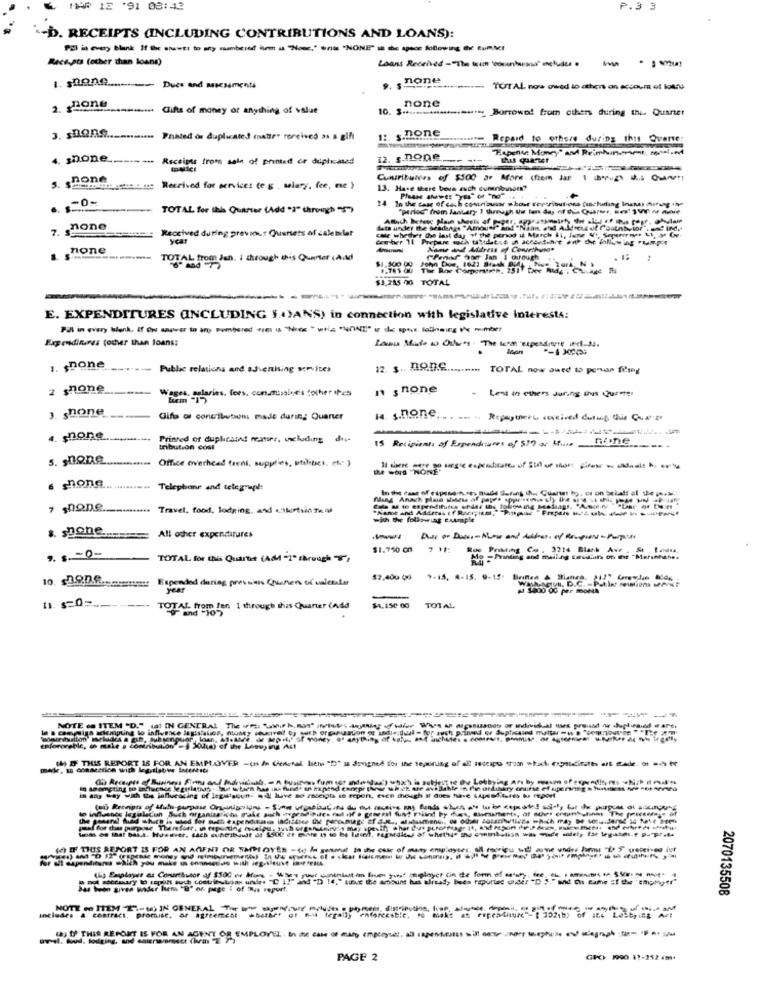
MAR 12 '91 08:43
P.3 3
-b. RECEIPTS (INCLUDING CONTRIBUTIONS AND LOANS):
Receipts (other than loans)
Loans Received -"The term corunharasa" engludes .
-- --
1. spene ...
s. , none
Dues and assessments
TOTAL nos owed to others an account of kotsu
none
2. none
Gifts of money or anything of value
10. 3 .............
Borrowed from others during this Quartet
s.none
....... Printed or duplicated (natte" received as a gift
Repaid to others during this Qvante:
-
"Hapens: Money" and Reimbursement, sonst.ed
4. $pone ------.. Receipts from sale of printed or duplicawd
12. s.none
--
this quarter
Curibulees of $500 ar Mare (frem Jar 1 "-2) ... Qware !!
5. Seebottom stein . use Received for services (e.g , selary, fee, me )
13. Hase there boca auch curenibuson?
24 In the case of cash comtribusor whose certributions (unchurling Inana) during inn
TOTAL for this Quarter (Add "2" through "5")
7. none
case whedyr die last day of the period il March &1, iune Vt, Seperernes &1 3r Cr-
Lats under the seadange "Amount? d"-
Received during previous Quenets of salebiler
ycar
Gether 11 Prepare wch uyuht:s a sceartiart +nt the following Pump't
none
TOTAL from Jan. i through this Quarter (And)
Perior Sur Jan i Grough
$3.285 00 TOTAL
E. EXPENDITURES (INCLUDING "+)ANS) in connection with legislative Interests:
Expenditures (other than loans:
1. $Done .......... Public relations and advertising services
12. $. 9.17 ............ TOTAL now Jued to penor filing
2 shone
n s none
Les in others during ins Quotes
Weses. melaries. fees. con.misales other ipes
3. stone ----- Gifts or contributions made during Quarter
14. s.none
4. $none
Printed or duplicated masser, wwluding di-
15 Recipient: of Expenditures of $17 ar Muse
tribution coal
noone -----
s. sDone
......... Office overhead treni, supplies, utilities. ete )
IM WOTS "NONE"
......... Travel, food, lodging, and onturteln Te
Cela & to expenditures ofdel the following Meflags. "A
with the following extraple
All other expenditures
$1.750 CM
Boy Printing Co . 3224 Blank Avr . &t India.
1. 5. - 0-
TOTAL for this Quartet (AM "1" Brough)
Mo -Printing and mailag tesd'un on the "Mefintthe.
Expended during pressions Crafters of valetaler
12.400 06 9-15, 4-15. 9-15. Brintes A Blanca, 212" Careydie Body ,.
Washington, D.C. - Patint Melstiens Merkt
year
A $800 OG Per mONA
$4,150 00
TOTAL from
od 201through this Quarter (Add
TOTAL
NOTE on ITEM "D." (a) IN GENERAL The If: "awir h, nos" weltsaying die WA Aaaa or divihal es prit owe buplpied
(h) IF THIS REPORT IS FOR AN EMPLOYER -on A Clearral liem "D" a dragned for the reporting of all recipe from what expendicaes ars wade, or och be
edv Lobbying An by ... . fewdin. - Nh --...
af for thas purpose Therefore, is reporting mecelou, viborgen celross may specify cher Cre purosfrage ;t, Rodeo 26, - ...
4) IF THIS REPORT IS FOR AN AGENT OR SARIOYER -6 / senne In the cake of many employees, all rocriou wil some undre formu "Do 5 ueceived iut
Ul capersditures which you make o connectds with ieget out Instreams.
not atermaury to teplft such contribubons undrs "℃ IT" and "D 14." Life the acount has already been reported chider "D "." und Ou came of the 'chipMtr"
(5) Employer as Contributor of 5500 of this-What sort winkel an have gone soloyet (in the form of colory, the thetem
Jus have woder kiem "B" on page 1 of Rus report.
2070135508
Includes & contract, promise, ar agreement +bethe' ot ma legally enforceable. to makt as expenditure"- [ 3021b) of IL4 Lesby ing Act
PAGE 2
GPC) 1990 31-252 4m*